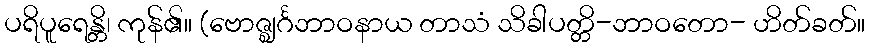
ပရိပူရေန္တိ၊ ကုန်၏။ (ဗောဇ္ဈင်္ဂဘာဝနာယ တာသံ သိခါပတ္တိ-ဘာဝတော- ဟိတ်ခတ်။